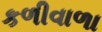
કળીવાળા